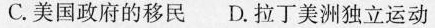
C.美国政府的移民 D.拉丁美洲独立运动